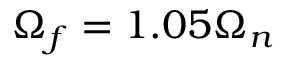
\Omega _ { f } = 1 . 0 5 \Omega _ { n }